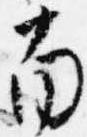
南